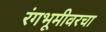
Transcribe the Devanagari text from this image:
रंगभूमीवरचा